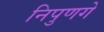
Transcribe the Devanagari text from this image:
निपुणगे